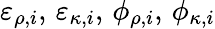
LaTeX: \varepsilon_{\rho,i},\, \varepsilon_{\kappa,i},\, \phi_{\rho,i},\, \phi_{\kappa,i}